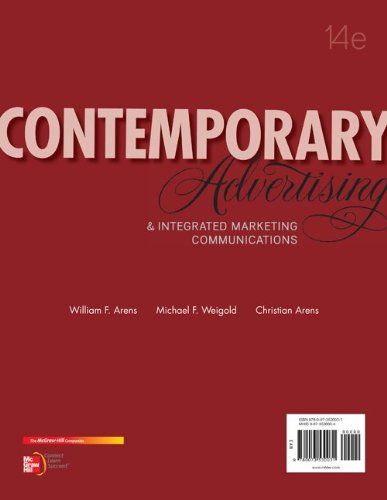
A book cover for Contemporary Advertising and Integrated Marketing Communications, 14th Edition; William Arens; Business & Money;